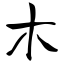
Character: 木